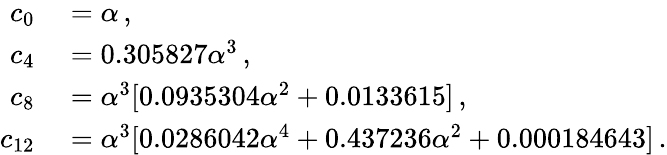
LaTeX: \begin{array}{rl}{c_{0}}&{{}=\alpha\, ,}\\ {c_{4}}&{{}=0.305827\alpha^{3}\, ,}\\ {c_{8}}&{{}=\alpha^{3}[0.0935304\alpha^{2}+0.0133615]\, ,}\\ {c_{12}}&{{}=\alpha^{3}[0.0286042\alpha^{4}+0.437236\alpha^{2}+0.000184643]\, .}\end{array}